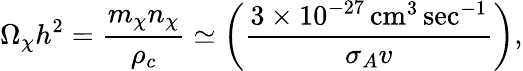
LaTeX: \Omega_{\chi}h^{2}={\frac{m_{\chi}n_{\chi}}{\rho_{c}}}\simeq\left({\frac{3\times 10^{-27}\, \mathrm{cm}^{3}\, \mathrm{sec}^{-1}}{\sigma_{A}v}}\right),